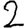
Digit: 2